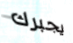
يجبرك